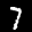
Label: 7